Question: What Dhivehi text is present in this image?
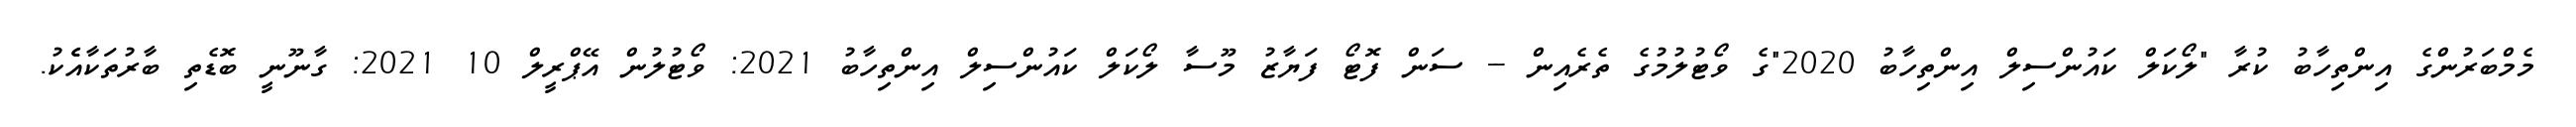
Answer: މެމްބަރުންގެ އިންތިހާބު ކުރާ "ލޯކަލް ކައުންސިލް އިންތިހާބު 2020"ގެ ވޯޓުލުމުގެ ތެރެއިން -- ސަން ފޮޓޯ ފަޔާޒު މޫސާ ލޯކަލް ކައުންސިލް އިންތިހާބު 2021: ވޯޓުލުން އޭޕްރީލް 10 2021: ގާނޫނީ ބޮޑެތި ބާރުތަކާއެެކު.